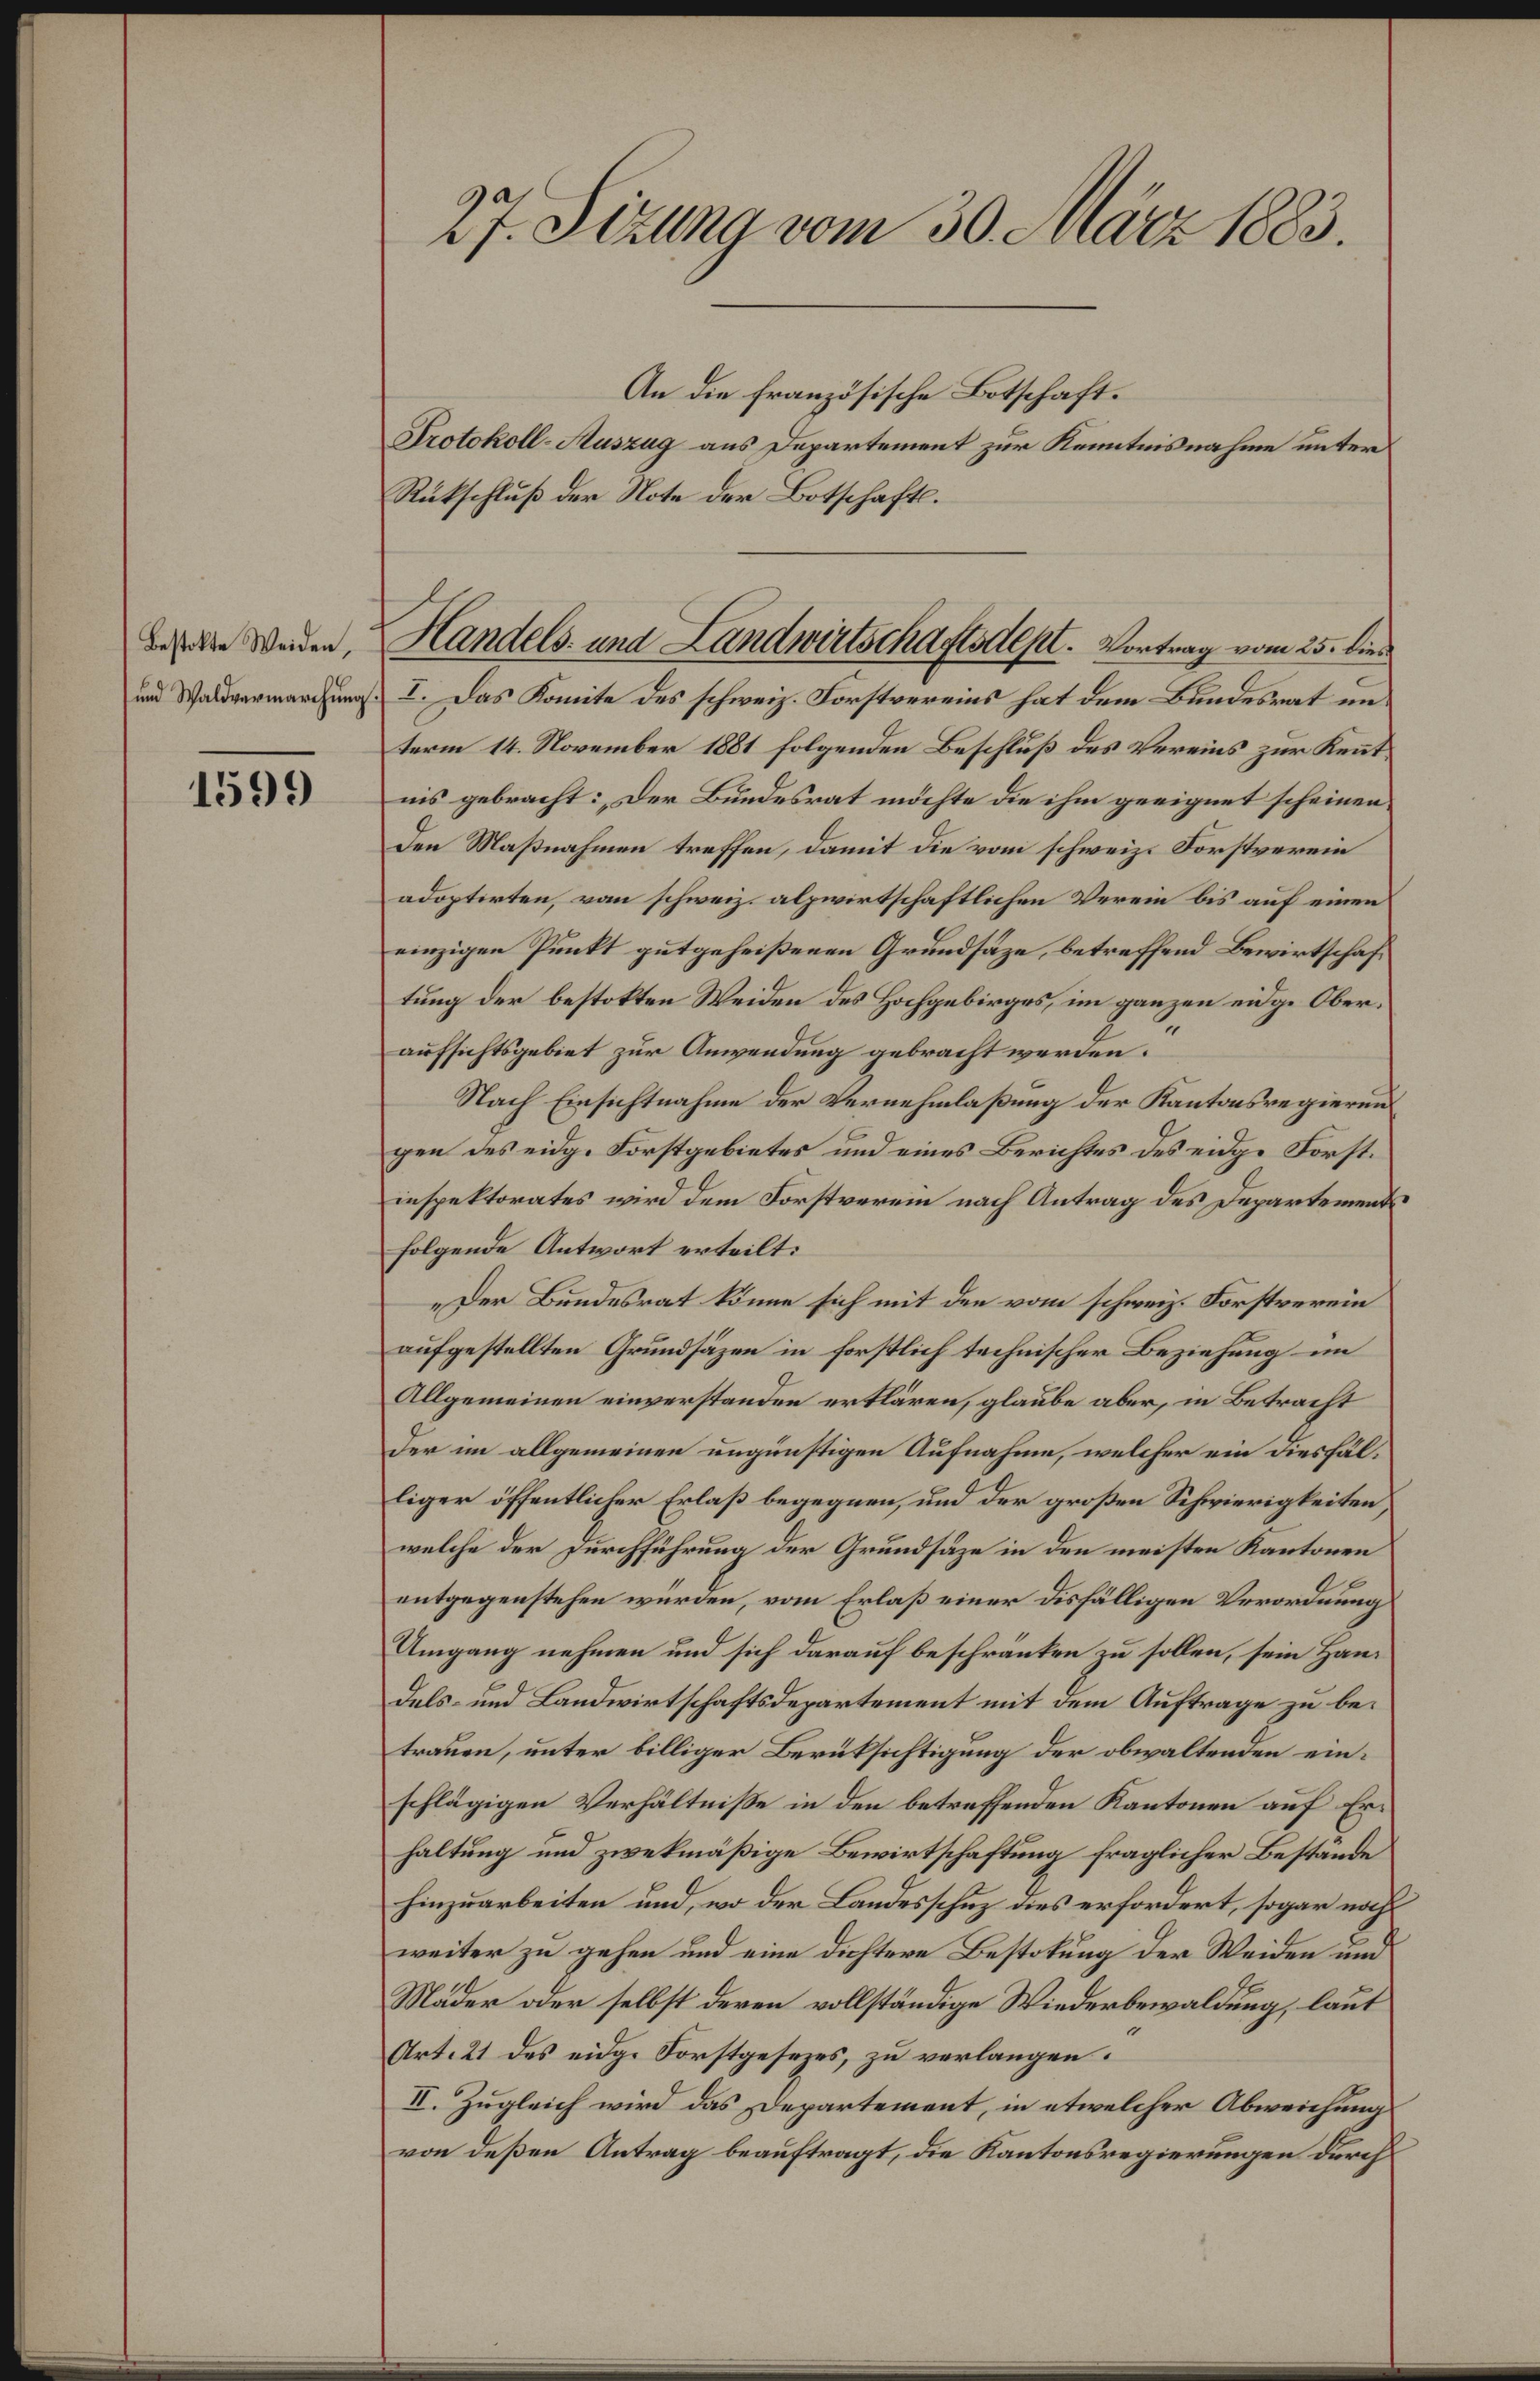
Bestalte Weiden,
und Waldvermarchung

1599

27. Sizung vom 30. März 1883.

An die französische Botschaft.
Protokoll-Auszug aus Departement zur Kenntnisnahme unter
Rückschluß der Note der Botschaft.
I. Das Komite des schweiz. Forstvereins hat dem Bundesrat un
term 14. November 1881 folgenden Beschluß des Vereins zur Kenntnis gebracht: Der Bundesrat möchte die ihm geeignet scheinen.
Den Maßnahmen treffen, damit die vom schweiz. Forstverein
adoptirten, vom schweiz. alpwirtschaftlichen Verein bis auf einen
einzigen Punkt gutgeheißenen Grundsäze, betreffend Bewirtschaftung der bestokten Weiden des Hochgebirges, im ganzen eidge Oberaufsichtsgebiet zur Anwendung gebracht werden.
Nach Einsichtnahme der Vernehmlaßung der Kantonsregierungen des eidg. Forstgebietes und eines Berichtes des eidge Forstinspektorates wird dem Forstverein nach Antrag des Departement
folgende Antwort erteilt:
„Der Bundesrat könne sich mit den vom schweiz. Forstverein
aufgestellten Grundsäzen in forstlich technischer Beziehung im
Allgemeinen einverstanden erklären, glaube aber, in Betracht
der im allgemeinen ungünstigen Aufnahme, welcher ein diesfälliger öffentlicher Erlaß begegnen, und der großen Schwierigkeiten,
welche der Durchführung der Grundsäze in den meisten Kantonen
entgegenstehen würden, vom Erlaß einer disfälligen Verordnung
Umgang nehmen und sich darauf beschränken zu sollen, sein Handels- und Landwirtschaftsdepartement mit dem Auftrage zu betrauen, unter billiger Berüksichtigung der obwaltenden einschlägigen Verhältniße in den betreffenden Kantonen auf Erhaltung und zwekmäßige Bewirtschaftung fraglicher Bestande
hinzuarbeiten und, wo der Landesschuz dies erfordert, sogar nach
weiter zu gehen und eine dichtere Bestokung der Weiden und
Mäder oder selbst deren vollständige Wiederbewaldung, laut
Art. 21 des eidge Forstgesezes, zu verlangen.
II. Zugleich wird das Departement, in etwelcher Abweichung
von deßen Antrag beauftragt, die Kantonsregierungen durch

Handels- und Landwirtschaftsdept. Vortrag vom 25. dies